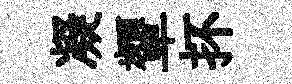
凝顰抔